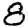
Digit: 8